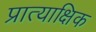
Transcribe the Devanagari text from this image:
प्रात्याक्षिक